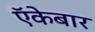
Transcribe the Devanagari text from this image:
ऍकेबार